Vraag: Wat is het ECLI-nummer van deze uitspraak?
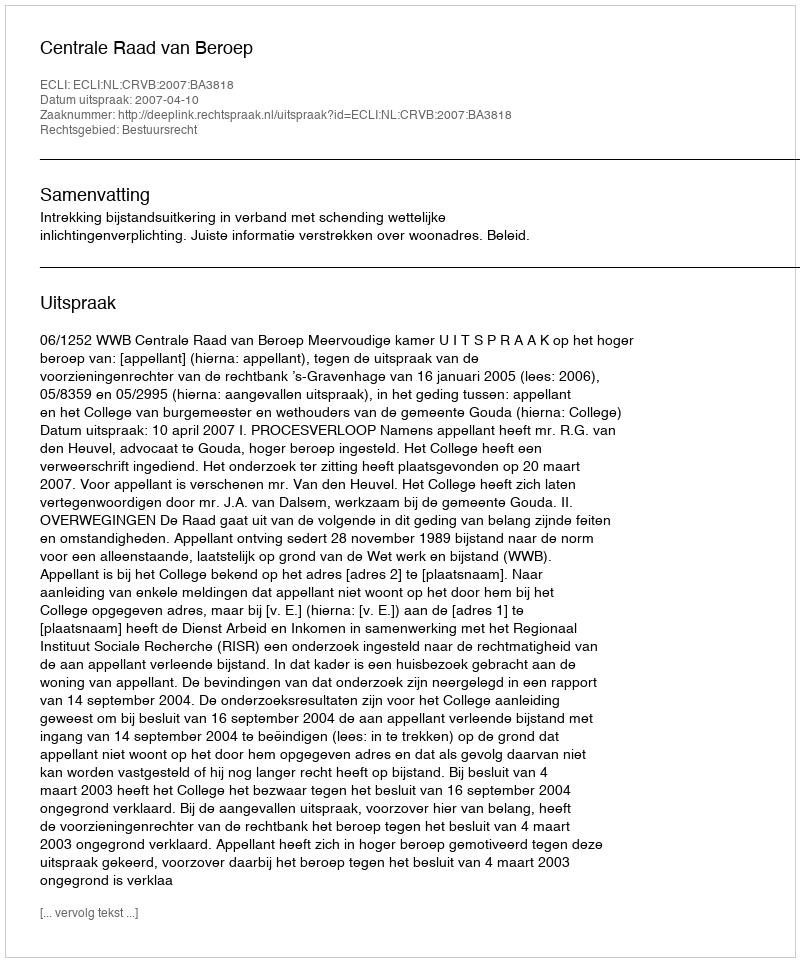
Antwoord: ECLI:NL:CRVB:2007:BA3818